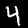
Label: 4